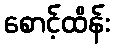
စောင့်ထိန်း